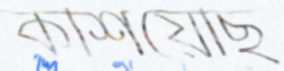
কশিয়েছি